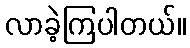
လာခဲ့ကြပါတယ်။